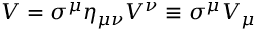
V = \sigma ^ { \mu } \eta _ { \mu \nu } V ^ { \nu } \equiv \sigma ^ { \mu } V _ { \mu }